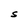
Character: S